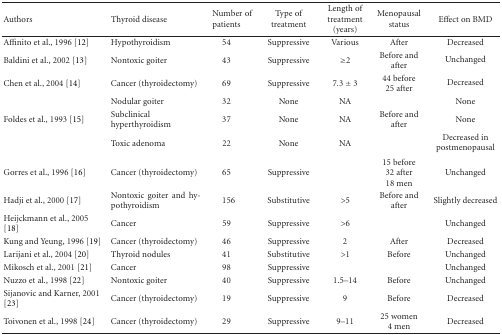
<table><thead><tr><td><b>Authors</b></td><td><b>Thyroid disease</b></td><td><b>Number of patients</b></td><td><b>Type of treatment</b></td><td><b>Length of treatment (years)</b></td><td><b>Menopausal status</b></td><td><b>Effect on BMD</b></td></tr></thead><tbody><tr><td>Affinito et al., 1996 [12]</td><td>Hypothyroidism</td><td>54</td><td>Suppressive</td><td>Various</td><td>After</td><td>Decreased</td></tr><tr><td>Baldini et al., 2002 [13]</td><td>Nontoxic goiter</td><td>43</td><td>Suppressive</td><td>≥2</td><td>Before and after</td><td>Unchanged </td></tr><tr><td>Chen et al., 2004 [14]</td><td>Cancer (thyroidectomy)</td><td>69</td><td>Suppressive</td><td>7.3 ± 3</td><td>44 before 25 after</td><td>Decreased </td></tr><tr><td></td><td>Nodular goiter</td><td>32</td><td>None</td><td>NA</td><td></td><td>None</td></tr><tr><td>Foldes et al., 1993 [15]</td><td>Subclinical hyperthyroidism</td><td>37</td><td>None</td><td>NA</td><td>Before and after</td><td>None</td></tr><tr><td></td><td>Toxic adenoma</td><td>22</td><td>None</td><td>NA</td><td></td><td>Decreased in postmenopausal </td></tr><tr><td>Gorres et al., 1996 [16]</td><td>Cancer (thyroidectomy)</td><td>65</td><td>Suppressive</td><td></td><td>15 before 32 after 18 men</td><td>Unchanged</td></tr><tr><td>Hadji et al., 2000 [17]</td><td>Nontoxic goiter and hypothyroidism</td><td>156</td><td>Substitutive</td><td>&gt;5</td><td>Before and after</td><td>Slightly decreased</td></tr><tr><td>Heijckmann et al., 2005 [18]</td><td>Cancer</td><td>59</td><td>Suppressive</td><td>&gt;6</td><td></td><td>Unchanged</td></tr><tr><td>Kung and Yeung, 1996 [19]</td><td>Cancer (thyroidectomy)</td><td>46</td><td>Suppressive</td><td>2</td><td>After</td><td>Decreased</td></tr><tr><td>Larijani et al., 2004 [20]</td><td>Thyroid nodules</td><td>41</td><td>Substitutive</td><td>&gt;1</td><td>Before</td><td>Unchanged</td></tr><tr><td>Mikosch et al., 2001 [21]</td><td>Cancer</td><td>98</td><td>Suppressive</td><td></td><td></td><td>Unchanged</td></tr><tr><td>Nuzzo et al., 1998 [22]</td><td>Nontoxic goiter</td><td>40</td><td>Suppressive</td><td>1.5–14</td><td>Before</td><td>Unchanged</td></tr><tr><td>Sijanovic and Karner, 2001 [23]</td><td>Cancer (thyroidectomy)</td><td>19</td><td>Suppressive</td><td>9</td><td>Before</td><td>Decreased</td></tr><tr><td>Toivonen et al., 1998 [24]</td><td>Cancer (thyroidectomy)</td><td>29</td><td>Suppressive</td><td>9–11</td><td>25 women 4 men</td><td>Decreased</td></tr></tbody></table>